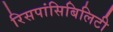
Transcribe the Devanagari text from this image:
रिसपांसिबिलिटी